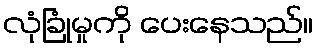
လုံခြုံမှုကို ပေးနေသည်။